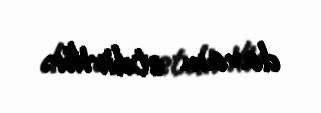
davam etdirilir.